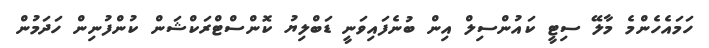
ހަމައެހެންމެ މާލޭ ސިޓީ ކައުންސިލް އިން ބުނެފައިވަނީ ޑަބްލިޔު ކޮންސްޓްރަކްޝަން ކުންފުނިން ހަދަމުން